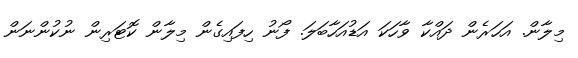
މިލާން. އަހަރެން ދައްކާ ވާހަކަ އަޑުއަހާބަލަ. ފޯނު ހިފައިގެން މިލާން ކޮޓަރިން ނުކުންނަން